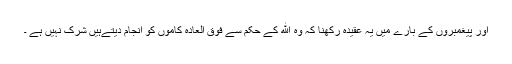
اور پیغمبروں کے بارے میں یہ عقیدہ رکھنا کہ وہ الله کے حکم سے فوق العادہ کاموں کو انجام دیتےہیں شرک نہیں ہے ۔